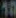
10